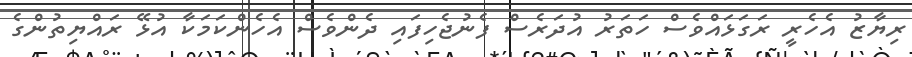
ރިޔާޒު އެހެރީ ރަގަޅައްވެސް ހަތަރު އުދަރެސް ފެނުޖެހިފައި ދެންވެސް އެހެންކަމަކާ އުޅޭ ރައްޔިތުންގެ